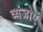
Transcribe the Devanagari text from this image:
व्यंजोएं